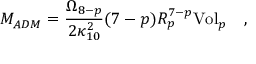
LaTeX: M _ { A D M } = { \frac { \Omega _ { 8 - p } } { 2 \kappa _ { 1 0 } ^ { 2 } } } ( 7 - p ) R _ { p } ^ { 7 - p } { \mathrm { V o l } } _ { p } \quad ,